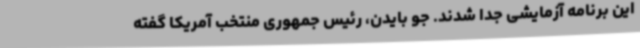
این برنامه آزمایشی جدا شدند. جو بایدن، رئیس جمهوری منتخب آمریکا گفته